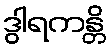
ဒွါရကန္တိ